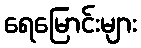
ရေမြောင်းများ